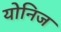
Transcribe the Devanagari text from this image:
योनिज